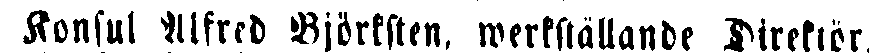
Konsul Alfred Björksten, werkställande Direktör